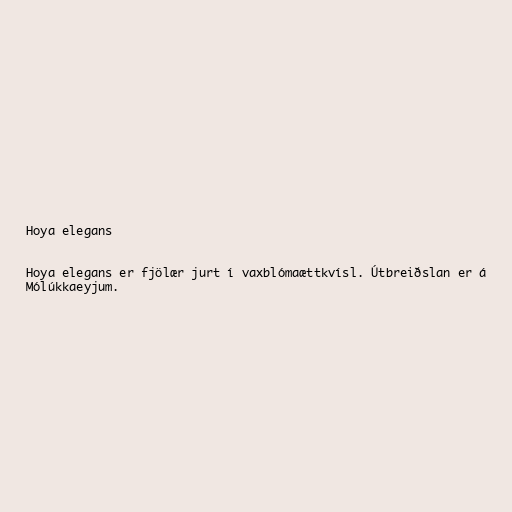
Hoya elegans

Hoya elegans er fjölær jurt í vaxblómaættkvísl. Útbreiðslan er á
Mólúkkaeyjum.